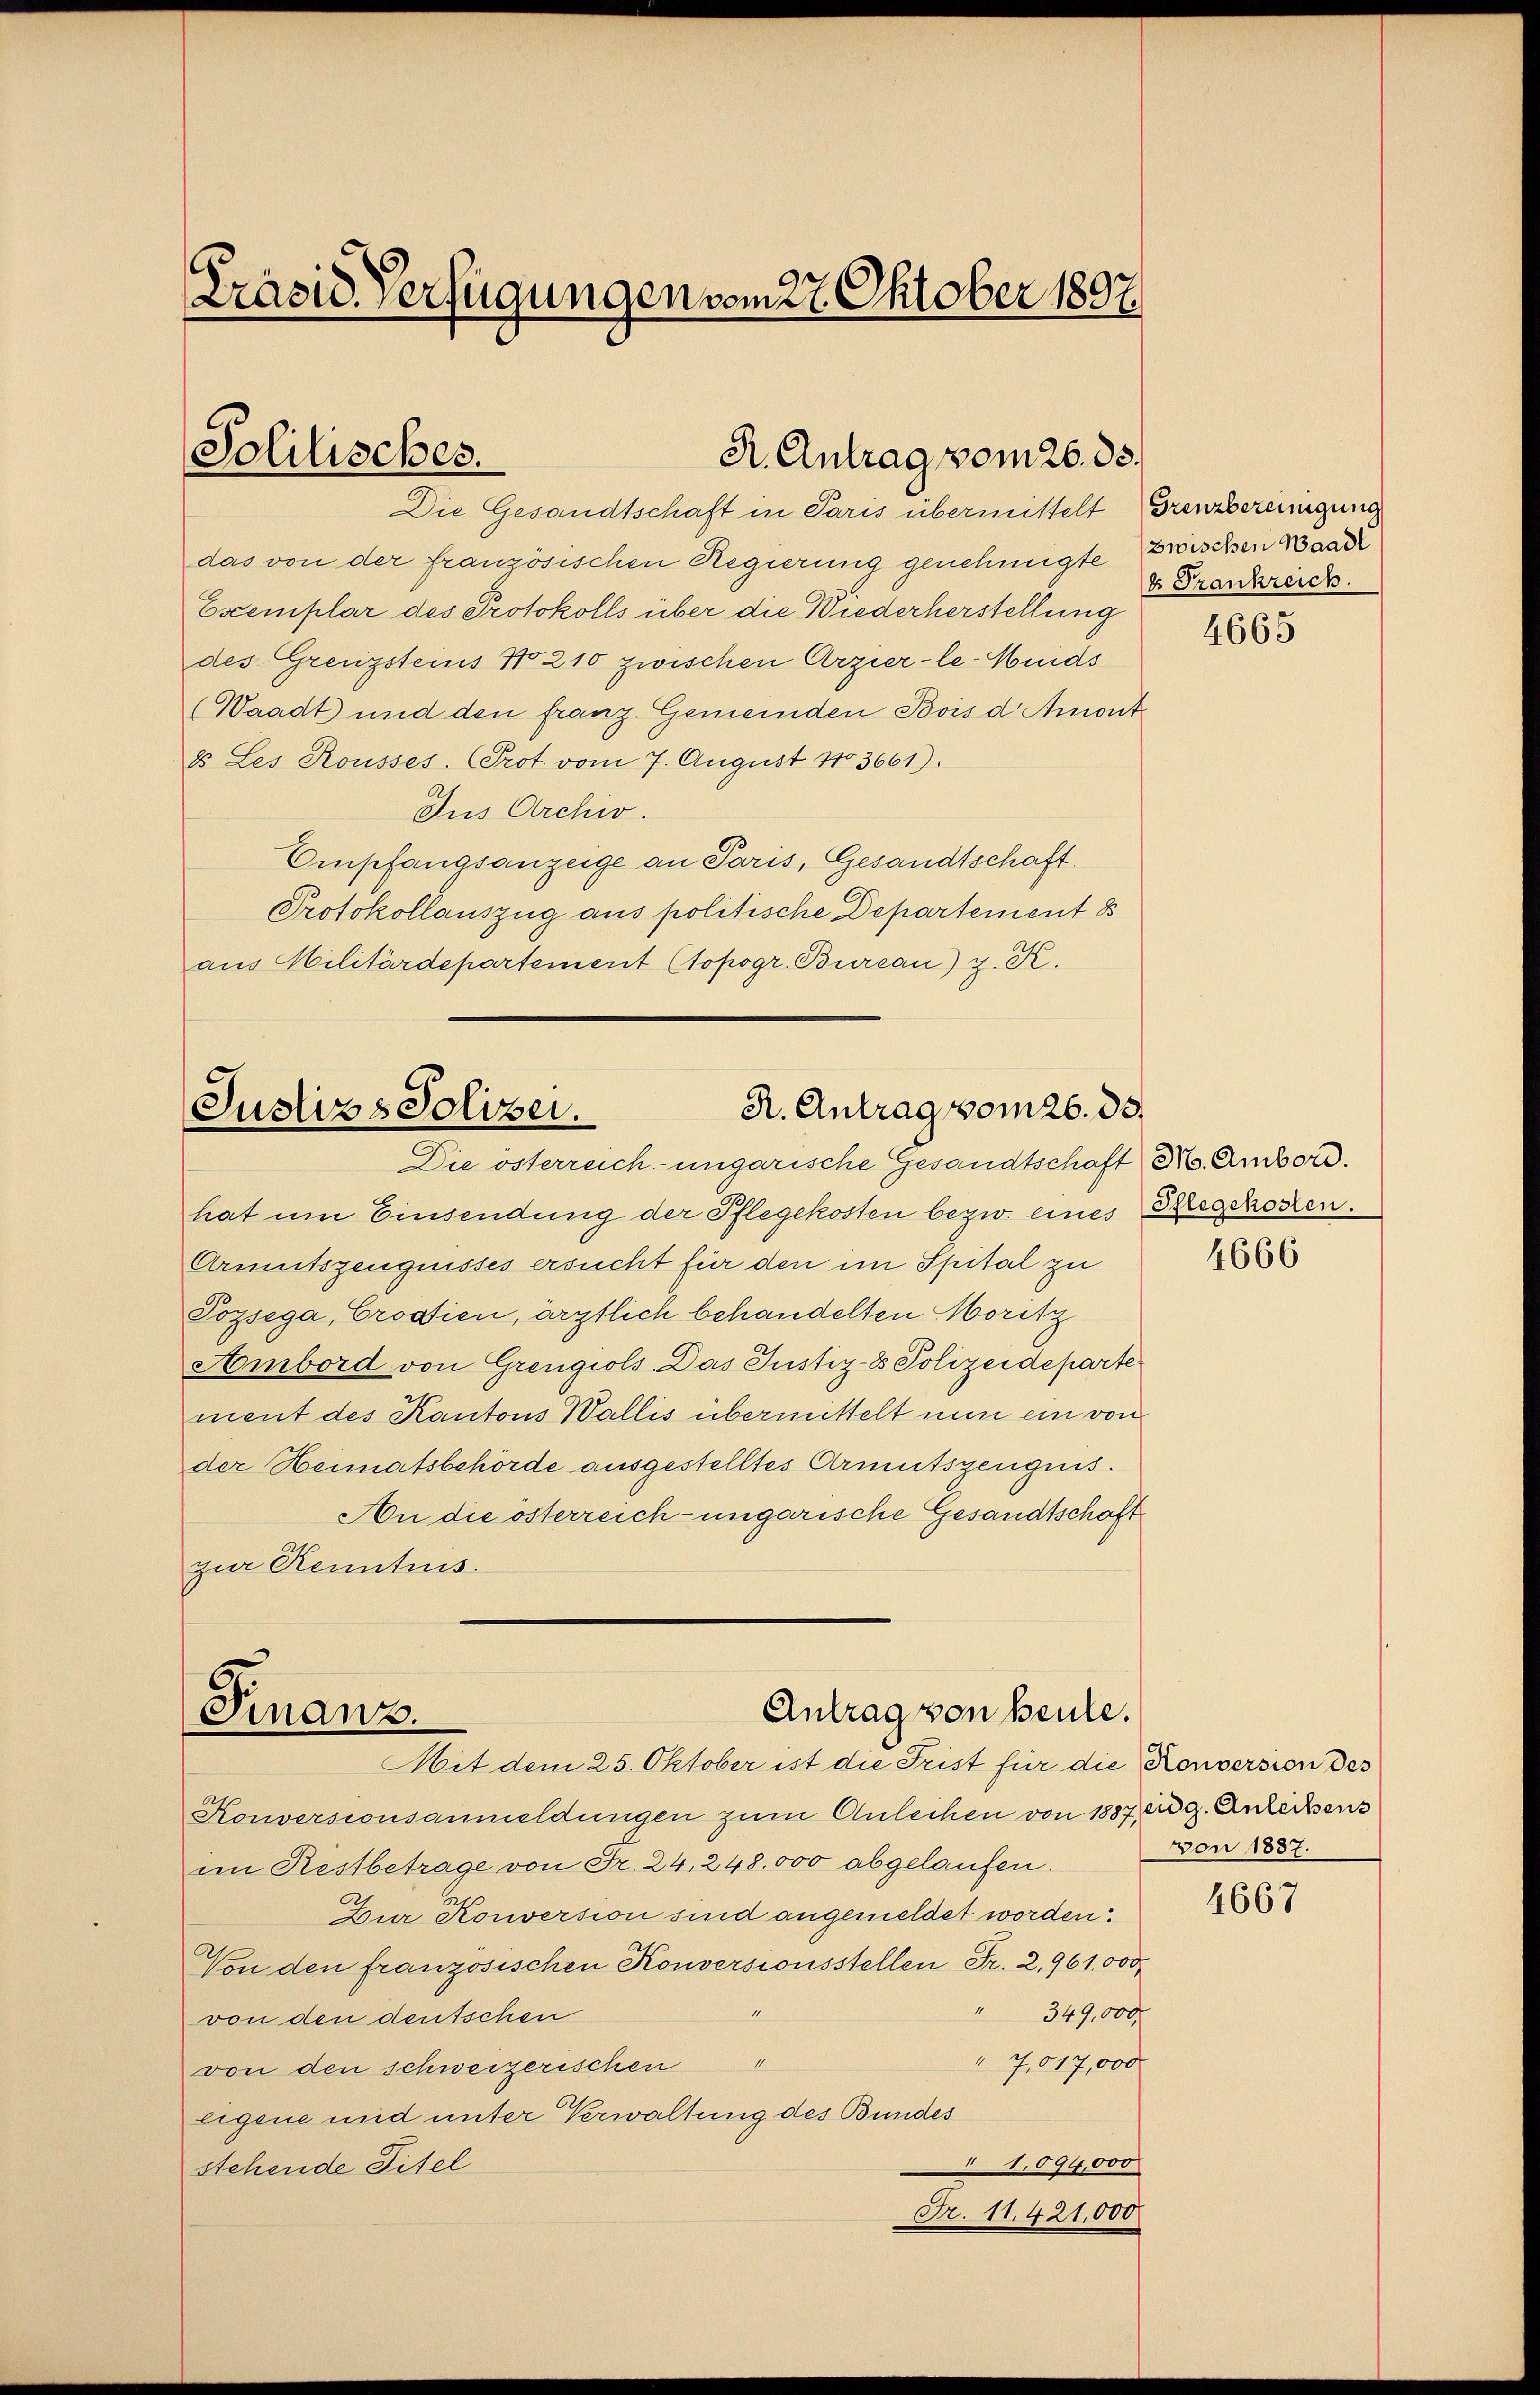
Präsid. Verfügungen vom 27. Oktober 1897.

Solitisches.
R. Antrag vom 26. 33.

Die Gesandtschaft in Paris übermittelt Grenzbereinigung
das von der französischen Regierung genehmigte Zwischen Baare
Escemplar des Protokolls über die Wiederherstellung
des Grenzsteins No 210 zwischen Arzier-le-Wids
(Waadt und den franz. Gemeinden Bois d. Amont
& Les Rousses. Prot. vom 7. August 13661).
Jus Archiv.
Empfangsanzeige an Paris, Gesandtschaft.
Protokollauszug aus politische Departement 8
aus Militärdepartement (topogr. Bureau) z. K.

R. Antrag vom 26. ds.
Justiz & Polizei.
Die österreich ungarische Gesandtschaft No. Ambord.

hat um Einsendung der Pflegekosten bezw. eines Stegekosten.
Armutszeugnisses ersucht für den im Spital zu
Pozsega, Croatien, ärztlich behandelten Moritz
Ambord von Grengiols. Das Justiz- & Polizeideparte
ment des Kantons Wallis übermittelt nun ein von
der Heimatsbehörde ausgestelltes Armutszeugnis.
An die österreich-ungarische Gesandtschaft
zur Kenntnis.

Antrag von heute.
Finanz.
Mit dem 25. Oktober ist die Frist für die Konversion des

Konversionsanmeldungen zum Anleihen von 1887 ag. Anrechens
im Restbetrage von Fr. 24, 248.000 abgelaufen.
Dur Konversion sind angemeldet worden.
Von den französischen Konversionsstellen Fr. 2,961,000
" 349,000.
von den deutschen
7,017,000
von den schweizerischen
eigene und unter Verwaltung des Bundes
1,094,000
stehende Titel
Fr. 11. 421,000

Frankreich

4665

4666

von 1887.

4667